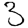
Digit: 3